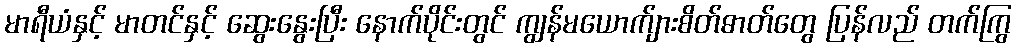
မာရီယံနှင့် မာတင်နှင့် ဆွေးနွေးပြီး နောက်ပိုင်းတွင် ကျွန်မယောက်ျားစိတ်ဓာတ်တွေ ပြန်လည် တက်ကြွ